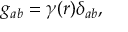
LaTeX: g _ { a b } = \gamma ( r ) \delta _ { a b } ,